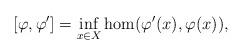
LaTeX: \begin{align*} [\varphi,\varphi']=\inf_{x\in X}\hom(\varphi'(x),\varphi(x)),\end{align*}